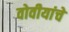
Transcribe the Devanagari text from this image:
वोवीयांचे